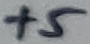
Text: +5